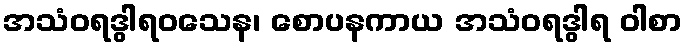
အသံဝရဒွါရဝသေန၊ စောပနကာယ အသံဝရဒွါရ ဝါစာ